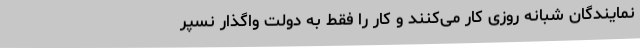
نمایندگان شبانه روزی کار می‌کنند و کار را فقط به دولت واگذار نسپر